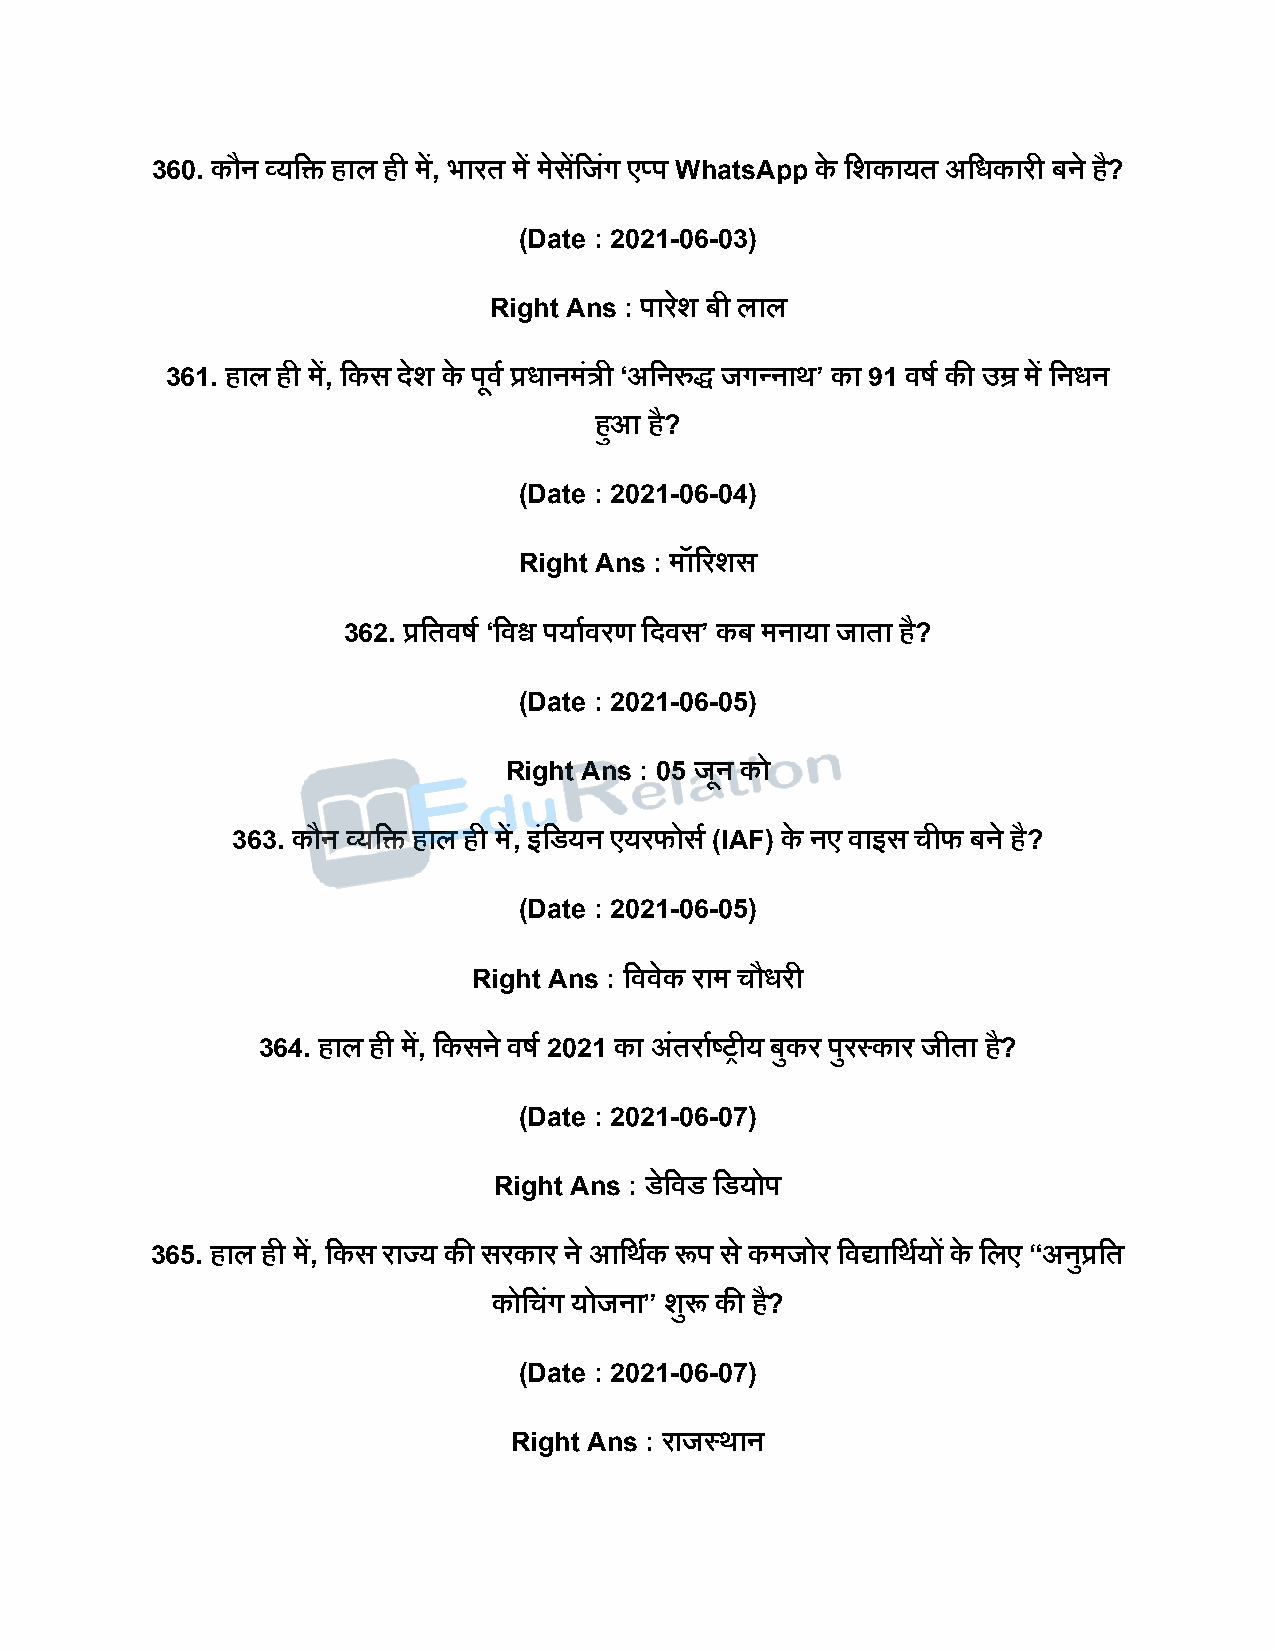
360. कौन व्यदि हाल ही में, भारत में मेसेंदजंग ए्ि WhatsApp के दशकायत अदधकारी बने ह?ै
 (Date : 2021-06-03)
 Right Ans : िारशे बी लाल
 361. हाल ही में, दकस िेश के िूवष प्रधानमंत्री ‘अदनरुद्ध जगन्नाथ’ का 91 वर्ष की उम्र में दनधन
 हुआ है?
 (Date : 2021-06-04)
 Right Ans : मॉररशस
 362. प्रदतवर्ष ‘दवश्व ियाषवरण दिवस’ कब मनाया जाता है?
 (Date : 2021-06-05)
 Right Ans : 05 जून को
 363. कौन व्यदि हाल ही में, इंदडयन एयरफोसष (IAF) के नए वाइस चीफ बने है?
 (Date : 2021-06-05)
 Right Ans : दववेक राम चौधरी
 364. हाल ही में, दकसने वर्ष 2021 का अंतराषष्ट्रीय बुकर िुरस्कार जीता है?
 (Date : 2021-06-07)
 Right Ans : डेदवड दडयोि
 365. हाल ही में, दकस राज्य की सरकार ने आदथषक रूि स े कमजोर दवद्यादथषयों के दलए “अनुप्रदत
 कोदचंग योजना” शुरू की है?
 (Date : 2021-06-07)
 Right Ans : राजस्थान